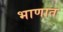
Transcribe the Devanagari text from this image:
भाणात